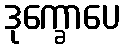
ဒုက္ခောပေ